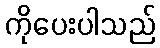
ကိုပေးပါသည်